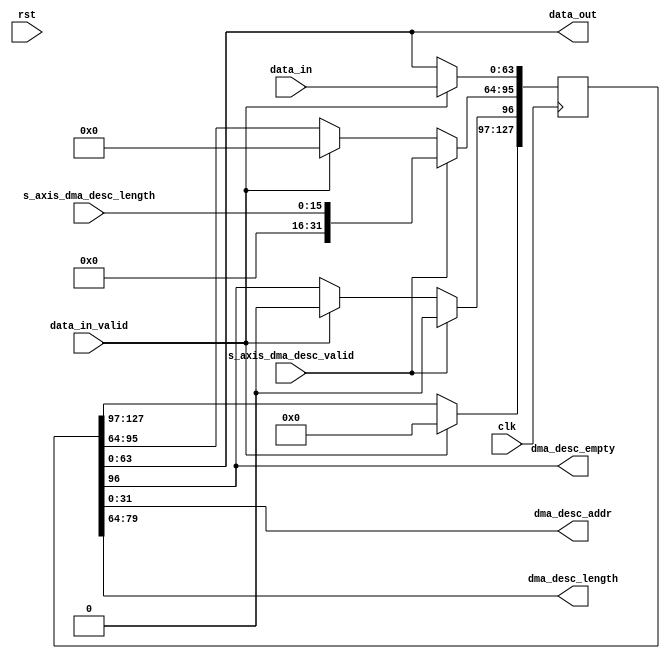
/*

Copyright (c) 2023 Chris H. Meyer

This file is part of aRTS.

aRTS is free software: you can redistribute it and/or modify it
under the terms of the GNU General Public License as published by
the Free Software Foundation, either version 3 of the License, or
(at your option) any later version.

aRTS is distributed in the hope that it will be useful, but WITHOUT
ANY WARRANTY; without even the implied warranty of MERCHANTABILITY
or FITNESS FOR A PARTICULAR PURPOSE. See the GNU General Public License
for more details.

You should have received a copy of the GNU General Public License along
with aRTS. If not, see <https://www.gnu.org/licenses/>.

*/

// Language: Verilog 2001

`resetall
`timescale 1ns / 1ps
`default_nettype none

/*
 * AXI Stream to DMA Descriptor and vice versa converter
 */
module dma_desc_regs #
(
    // Width of AXI Address interface in bits
    parameter AXI_ADDR_WIDTH = 32,
    // Width of AXI stream interfaces in bits
    parameter AXIS_DATA_WIDTH = 64,
    // Width of data packets
    parameter LEN_WIDTH = 16,
    // Number of words in the DMA descriptor
    parameter DESC_WORDS = 2,
    // Length of a word in the DMA descriptor
    parameter DESC_WORD_WIDTH = 64
)
(
    input  wire                       clk,
    input  wire                       rst,

    /*
     * Input data
     */
    input  wire [AXIS_DATA_WIDTH-1:0] data_in,
    input  wire                       data_in_valid,

    /*
     * Output data
     */
    output wire [AXIS_DATA_WIDTH-1:0] data_out,

    /*
     * Descriptor output
     */
    output wire [AXI_ADDR_WIDTH-1:0]  dma_desc_addr,
    output wire [LEN_WIDTH-1:0]       dma_desc_length,
    output wire                       dma_desc_empty,

    /*
     * AXI4-Stream Slave Interface for modifying the descriptor
     */
    input  wire [LEN_WIDTH-1:0]       s_axis_dma_desc_length,
    input  wire                       s_axis_dma_desc_valid
);

localparam MAX_AXI_ADDR_WIDTH = 64;
localparam PIPELINE_WIDTH = AXIS_DATA_WIDTH;
localparam PIPELINE_LENGTH = (DESC_WORD_WIDTH * DESC_WORDS) / PIPELINE_WIDTH;

localparam COUNTER_WIDTH = $clog2(PIPELINE_LENGTH);

integer i;


reg [127:0] regs;

assign data_out = regs;
assign dma_desc_addr = regs[AXI_ADDR_WIDTH-1:0];
assign dma_desc_length = regs[95:64];
assign dma_desc_empty = regs[96];

always @(posedge clk) begin
    if (data_in_valid) begin
        regs <= data_in;
    end

    if (s_axis_dma_desc_valid) begin
        regs[96] <= 1'b0; // Not empty anymore
        regs[95:64] <= {
            {(32-LEN_WIDTH){1'b0}},
            s_axis_dma_desc_length
        };
    end
end

endmodule

`resetall